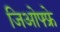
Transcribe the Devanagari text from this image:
जिओफ्फ्रे